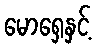
မောရှေနှင့်